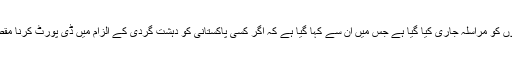
اجلاس کو بتایا گیا کہ وزارتِ داخلہ سے تمام سفارتخانوں کو مراسلہ جاری کیا گیا ہے جس میں ان سے کہا گیا ہے کہ اگر کسی پاکستانی کو دہشت گردی کے الزام میں ڈی پورٹ کرنا مقصود ہے تو حکومت پاکستان کو ثبوت فراہم کیے جائیں۔